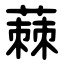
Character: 蕀